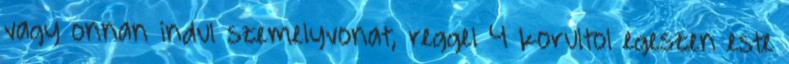
vagy onnan indul szemelyvonat, reggel 4 korultol egeszen este